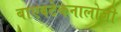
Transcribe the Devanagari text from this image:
बाएवटेकनालोजी